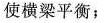
使横梁平衡；